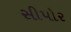
સીપોર